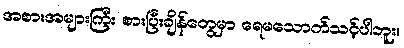
အစားအများကြီး စားပြီးချိန်တွေမှာ ရေမသောက်သင့်ပါဘူး။